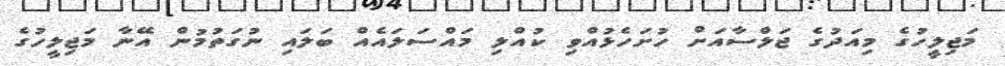
މަޖިލީހުގެ މިއަދުގެ ޖަލްސާއަށް ހުށަހެޅުއްވި ކުއްލި މައްސަލައެއް ބަލައި ނުގަތުމުން އޭނާ މަޖިލީހުގެ